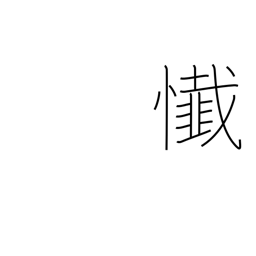
Meaning: remorse